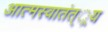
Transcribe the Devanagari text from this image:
आत्मस्वातंत््रय